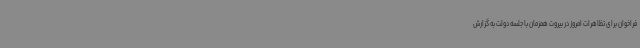
فراخوان برای تظاهرات امروز در بیروت همزمان با جلسه دولت به گزارش